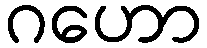
ဂဟော